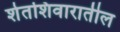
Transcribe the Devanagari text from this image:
शेतशिवारातील